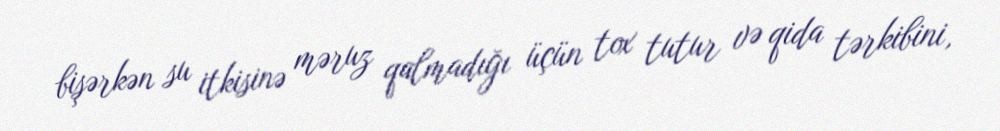
bişərkən su itkisinə məruz qalmadığı üçün tox tutur və qida tərkibini,